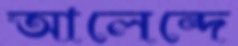
আলেন্দে